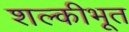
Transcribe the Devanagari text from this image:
शल्कीभूत